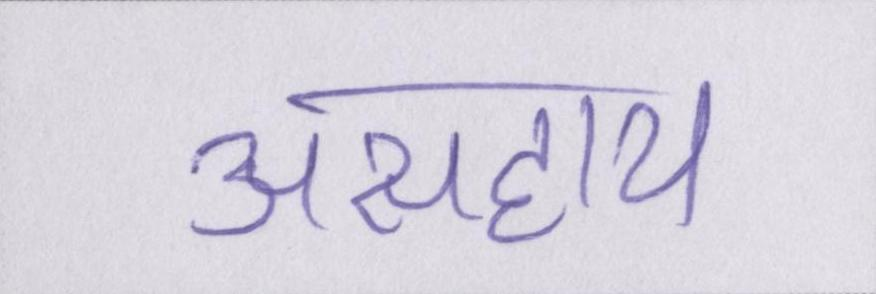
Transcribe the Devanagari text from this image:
असहाय